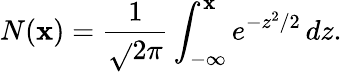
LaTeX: N(\mathbf{x})={\frac{{1}}{{\sqrt{}{{2\pi}}}}}\int_{-\infty}^{\mathbf{x}}e^{-z^{2}/2}\, dz.